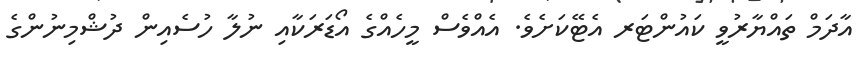
އާދަމް ތައްޔާރުވީ ކައުންޓަރ އެޓޭކަށެވެ. އެއްވެސް މީހެއްގެ އޯޑަރަކާއި ނުލާ ހުސެއިން ދުޝްމިނުންގެ